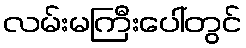
လမ်းမကြီးပေါ်တွင်